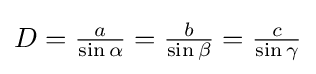
D={\tfrac {a}{\sin \alpha }}={\tfrac {b}{\sin \beta }}={\tfrac {c}{\sin \gamma }}